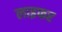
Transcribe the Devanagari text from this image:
लाइफर